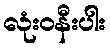
လုံးဝနီးပါး